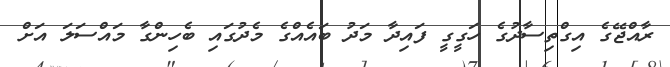
ރާއްޖޭގެ އިގްތިސާދުގެ ހަގީގީ ފައިދާ މަދު ބައެއްގެ މެދުގައި ބެހިންގާ މައްސަލަ އަށް